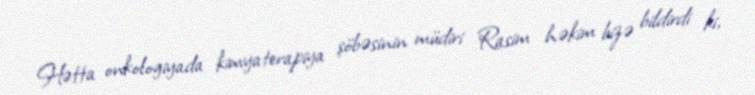
Hətta onkologiyada kimyaterapiya şöbəsinin müdiri Rasim həkim bizə bildirdi ki,